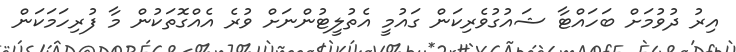
އިރު ދުވުމަށް ބަހައްޓާ ޝައުގުވެރިކަން ގައުމީ އެތުލީޓުންނަށް ވުރެ އެއްގޮތަކުން މާ ފުރިހަމަކަން